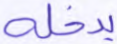
يدخله